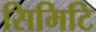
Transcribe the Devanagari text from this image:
सिमिटि